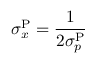
\sigma _ { x } ^ { \mathrm { P } } = \frac { 1 } { 2 \sigma _ { p } ^ { \mathrm { P } } }